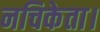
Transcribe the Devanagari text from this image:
नचिकेता।